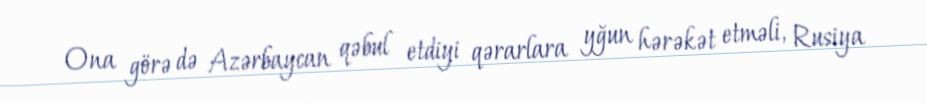
Ona görə də Azərbaycan qəbul etdiyi qərarlara yğun hərəkət etməli, Rusiya